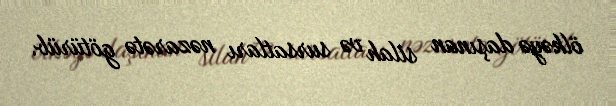
ölkəyə daşınan silah və sursatları nəzarətə götürüb.